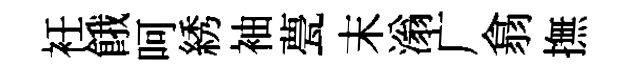
衽餓呵綉袖甍末滃广翕撫